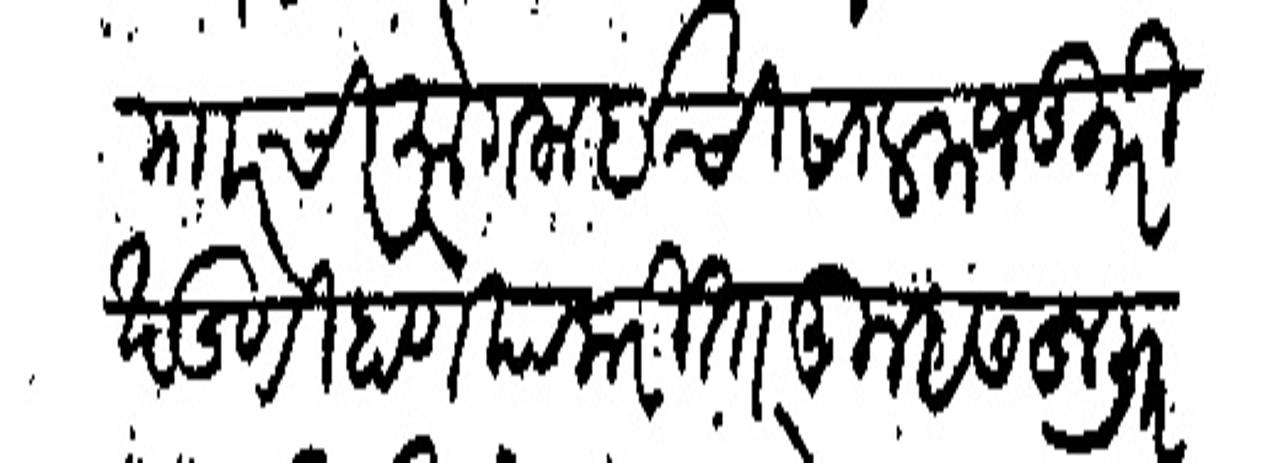
Transliteration (Devanagari): मारची मोगलाईची साल मजकुरी खंडणी होणे याकरिता तुम्हास हुजूर